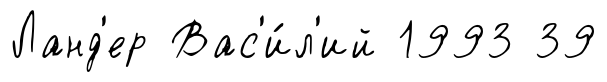
Ланд'ер Вас'и́л'ий 1993 39